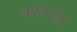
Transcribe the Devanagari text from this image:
वाहिनीतून